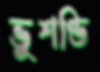
ভুশণ্ডি